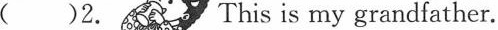
( )2. This is my grandfather.